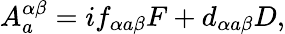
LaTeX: A_{a}^{\alpha\beta}=if_{\alpha a\beta}F+d_{\alpha a\beta}D,